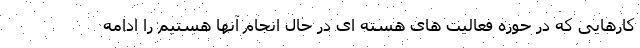
کارهایی که در حوزه فعالیت های هسته ای در حال انجام آنها هستیم را ادامه